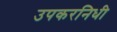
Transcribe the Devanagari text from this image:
उपकरनिधी